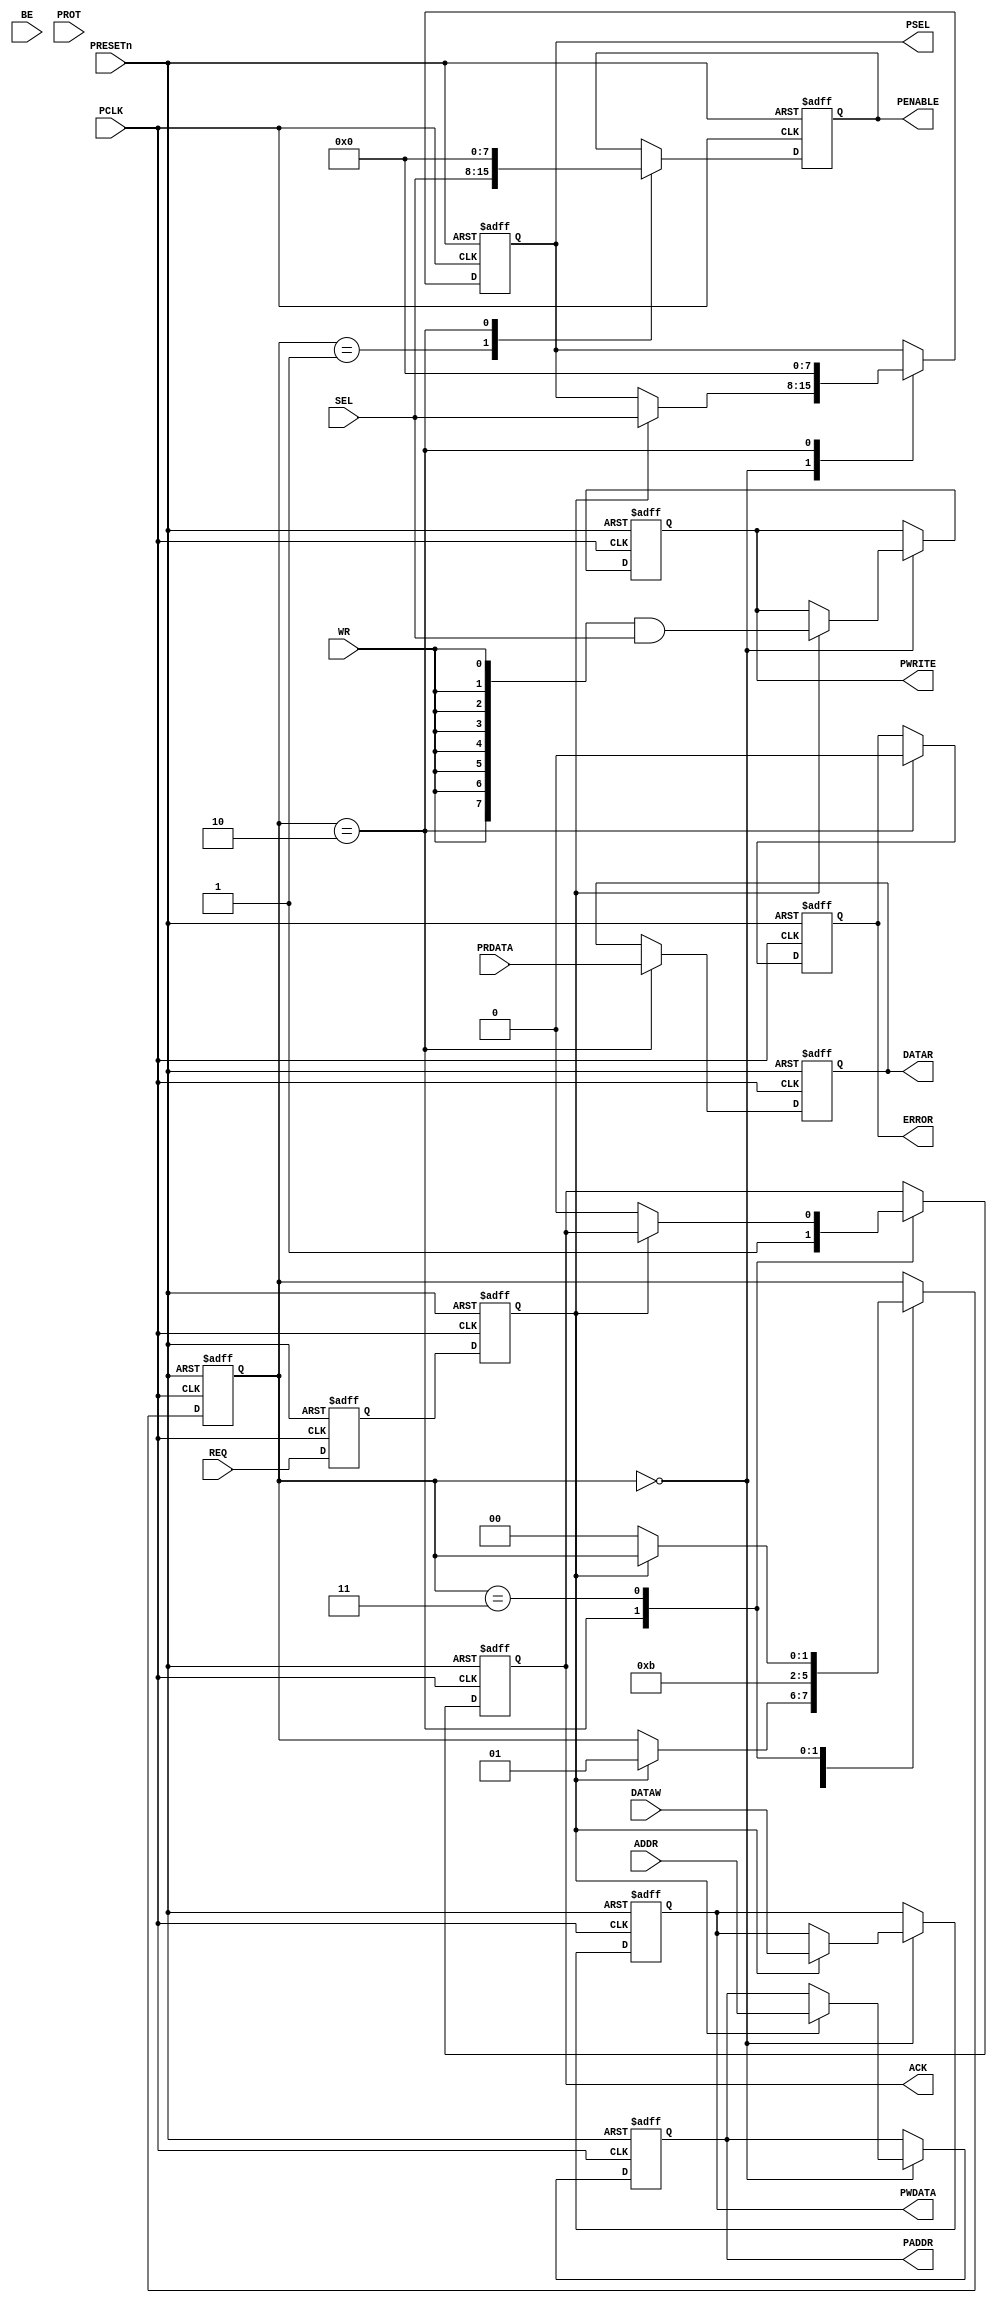
//----------------------------------------------------------------
//  Copyright (c) 2011 by Ando Ki.
//  All right reserved.
//  http://www.dynalith.com
//  All rights are reserved by Ando Ki.
//  Do not use in any means or/and methods without Ando Ki's permission.
//----------------------------------------------------------------
// axi2apb_apb_if.v
//----------------------------------------------------------------
// VERSION: 2011.02.25.
//----------------------------------------------------------------
// Limitation
//  - APB only supports 32-bit data width.
//----------------------------------------------------------------
`timescale 1ns/1ns

`ifdef  AMBA_APB4
`ifndef AMBA_APB3
`define AMBA_APB3
`endif
`endif

//----------------------------------------------------------------
module axi2apb_apb_if
     #(parameter NUM_PSLAVE   = 8
               , WIDTH_PAD    =32 // address width
               , WIDTH_PDA    =32 // data width
               , WIDTH_PDS    =(WIDTH_PDA/8) // data strobe width
               )
(
       input  wire                  PRESETn
     , input  wire                  PCLK
     , output reg  [NUM_PSLAVE-1:0] PSEL
     , output reg  [NUM_PSLAVE-1:0] PENABLE
     , output reg  [NUM_PSLAVE-1:0] PWRITE
     , output reg  [WIDTH_PAD-1:0]  PADDR
     , output reg  [WIDTH_PDA-1:0]  PWDATA
     , input  wire [WIDTH_PDA-1:0]  PRDATA
     //-----------------------------------------------------------
     `ifdef AMBA_APB3
     , input  wire [NUM_PSLAVE-1:0] PREADY
     , input  wire [NUM_PSLAVE-1:0] PSLVERR
     `endif
     `ifdef AMBA_APB4
     , output reg  [WIDTH_PDS-1:0]  PSTRB
     , output reg  [ 2:0]           PPROT
     `endif
     //-----------------------------------------------------------
     , input  wire [NUM_PSLAVE-1:0] SEL
     //-----------------------------------------------------------
     , input  wire                 REQ
     , output reg                  ACK    // need sync
     , input  wire [WIDTH_PAD-1:0] ADDR
     , input  wire                 WR
     , input  wire [31:0]          DATAW
     , output reg  [31:0]          DATAR
     , input  wire [ 3:0]          BE
     , input  wire [ 2:0]          PROT
     , output reg                  ERROR
     //-----------------------------------------------------------
);
     //-----------------------------------------------------------
     // synopsys translate_off
     initial begin
             if (WIDTH_PAD!=32) $display("%m ERROR APB address width should be 32, but %2d", WIDTH_PAD);
             if (WIDTH_PDA!=32) $display("%m ERROR APB data width should be 32, but %2d", WIDTH_PDA);
     end
     // synopsys translate_on
     //-----------------------------------------------------------
     `ifndef AMBA_APB3
     wire [NUM_PSLAVE-1:0] PREADY  = {NUM_PSLAVE{1'b1}};
     wire [NUM_PSLAVE-1:0] PSLVERR = {NUM_PSLAVE{1'b0}};
     `endif
     `ifndef AMBA_APB4
     reg  [WIDTH_PDS-1:0]  PSTRB;
     reg  [ 2:0]           PPROT;
     `endif
     //-----------------------------------------------------------
     reg req_sync0, req_sync;
     always @ (posedge PCLK or negedge PRESETn) begin
            if (PRESETn==1'b0) begin
                req_sync  <= 1'b0;
                req_sync0 <= 1'b0;
            end else begin
                req_sync  <= req_sync0;
                req_sync0 <= REQ;
            end
     end
     //-----------------------------------------------------------
     reg [1:0] state;
     localparam ST_IDLE  = 'h0,
                ST_ADDR  = 'h1,
                ST_WAIT  = 'h2,
                ST_END   = 'h3;
     //-----------------------------------------------------------
     always @ (posedge PCLK or negedge PRESETn) begin
            if (PRESETn==1'b0) begin
                PSEL      <=  'h0;
                PENABLE   <=  'h0;
                PWRITE    <=  'h0;
                PADDR     <=  'h0;
                PWDATA    <=  'h0;
                PSTRB     <=  'h0;
                PPROT     <=  'h0;
                ACK       <=  'b0;
                ERROR     <=  'b0;
                DATAR     <=  'h0;
                state     <= ST_IDLE;
            end else begin
                case (state)
                ST_IDLE: begin
                   if (req_sync) begin
                       PSEL   <= SEL;
                       PWRITE <= {NUM_PSLAVE{WR}}&SEL;
                       PADDR  <= ADDR;
                       PWDATA <= DATAW;
                       PSTRB  <= {WIDTH_PDS{WR}}&BE;
                       PPROT  <= PROT;
                       state  <= ST_ADDR;
                   end
                   end // STW_IDLE
                ST_ADDR: begin
                   PENABLE  <= SEL;
                   state    <= ST_WAIT;
                   end // ST_ADDR
                ST_WAIT: begin
                   if (PREADY) begin
                       ERROR     <= PSLVERR;
                       PSEL      <=  'h0;
                       PENABLE   <=  'h0;
                       DATAR     <= PRDATA;
                       ACK       <= 1'b1;
                       state     <= ST_END;
                   end
                   end // ST_WAIT
                ST_END: begin
                   if (req_sync==1'b0) begin
                       ACK      <= 1'b0;
                       state    <= ST_IDLE;
                   end
                   end // ST_END
                endcase
            end
     end
     //-----------------------------------------------------------
     // synopsys translate_off
     integer idx, pnum;
     always @ (negedge PCLK or negedge PRESETn) begin
          if (PRESETn==1'b1) begin
              pnum = 0;
              for (idx=0; idx<NUM_PSLAVE; idx=idx+1) begin
                   if (PSEL[idx]) pnum = pnum + 1;
              end
              if (pnum>1)  $display($time,,"%m ERROR more than one APB slave selected %b", PSEL);
          end
     end
     // synopsys translate_on
     //-----------------------------------------------------------
endmodule
//----------------------------------------------------------------
// Revision History
//
// 2011.02.25: 'PRESETn' added by Ando Ki.
//             It is related to 'PCLK'.
// 2011.02.18: Re-written by Ando Ki
// 2011.01.29: Staryted by Ando Ki (adki@dynalith.com)
//----------------------------------------------------------------